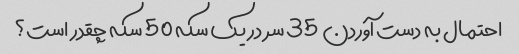
احتمال به دست آوردن 35 سر در یک سکه 50 سکه چقدر است؟